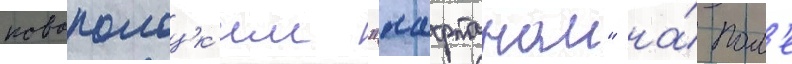
новополоцк'им "нафтаном" на́ пол'е